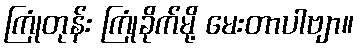
ကြုံတုန်း ကြုံခိုက်မို့ မေးတာပါဗျာ။